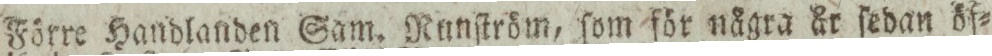
Förre Handlanden Sam. Runſtröm, ſom för nägra år ſedan öf=